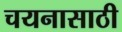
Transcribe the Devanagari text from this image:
चयनासाठी